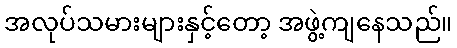
အလုပ်သမားများနှင့်တော့ အဖွဲ့ကျနေသည်။